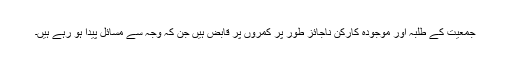
جمعیت کے طلبہ اور موجودہ کارکن ناجائز طور پر کمروں پر قابض ہیں جن کہ وجہ سے مسائل پیدا ہو رہے ہیں۔